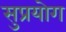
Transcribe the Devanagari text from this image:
सुप्रयोग